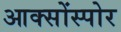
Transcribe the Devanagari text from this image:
आक्सोंस्पोर